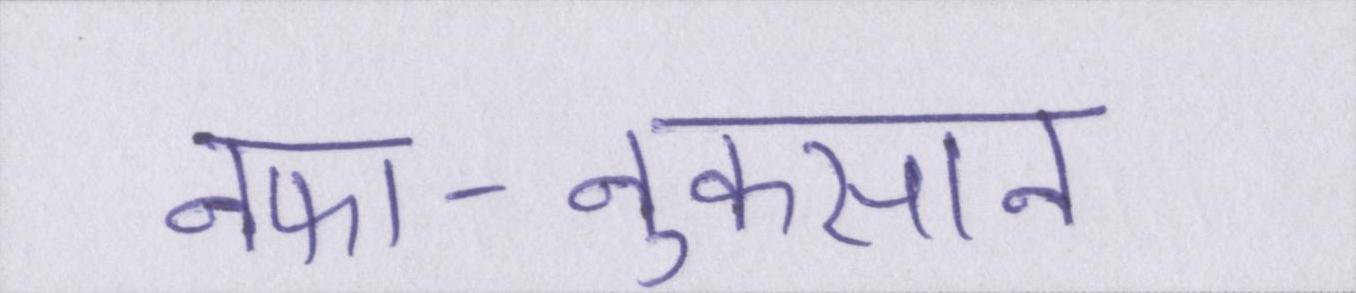
नफा-नुकसान